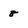
Character: 8